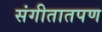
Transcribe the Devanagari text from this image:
संगीतातपण